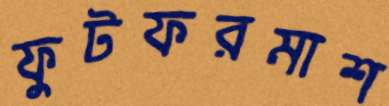
ফুটফরমাশ